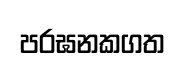
පරඝනකගත